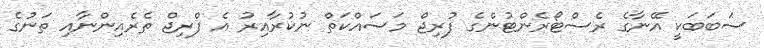
ސަބަބަކީ އޭނާގެ ރެސްޓޯރެންޓުންގެ ފުރިޖް މަސައްކަތް ނުކުރާއިރު އެ ފްރިޖް ތެރެއިންނާއި ތަނުގެ